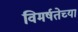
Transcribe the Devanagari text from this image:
विमर्षतेच्या